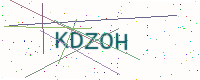
Text: KDZOH